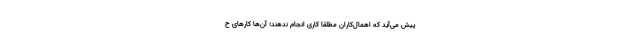
پیش می‌آید که اهمال‌کاران مطلقاً کاری انجام ندهند؛ آن‌ها کارهای ح